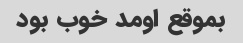
بموقع اومد خوب بود